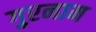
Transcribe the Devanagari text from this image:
गुरनाम